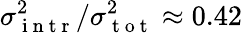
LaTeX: \sigma_{\mathrm{~i~n~t~r~}}^{2}/\sigma_{\mathrm{~t~o~t~}}^{2}\approx 0.42